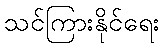
သင်ကြားနိုင်ရေး